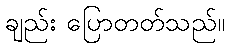
ချည်း ပြောတတ်သည်။